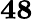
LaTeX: \mathbf{48}